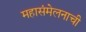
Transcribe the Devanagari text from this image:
महासंमेलनाची